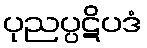
ပုညပ္ပဋိပဒံ